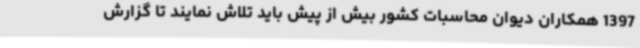
1397 همکاران دیوان محاسبات کشور بیش از پیش باید تلاش نمایند تا گزارش